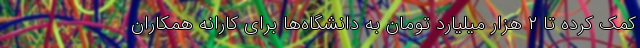
کمک کرده تا ۲ هزار میلیارد تومان به دانشگاه‌ها برای کارانه همکاران